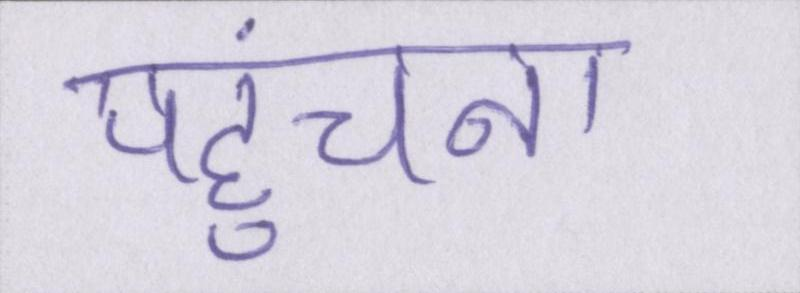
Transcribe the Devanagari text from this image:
पहुंचना